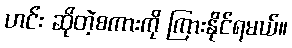
ဟင်း ဆိုတဲ့စကားကို ကြားနိုင်ရမယ်။